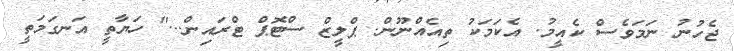
ޖެހުނު ނަމަވެސް ކެއީމު. އެކަމަކު ތިއެއްނޫން. ޕްލީޒް ސްޓޮޕް ޓްރައިން..." ހަޔާތީ އަނގަމަތީ